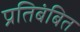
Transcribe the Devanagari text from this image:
प्रतिबंबित